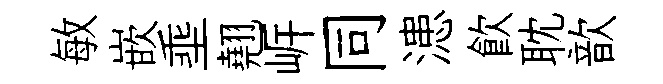
敏嵌埀翹㟁同漶飲耽歆